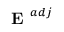
\textbf { E } ^ { a d j }